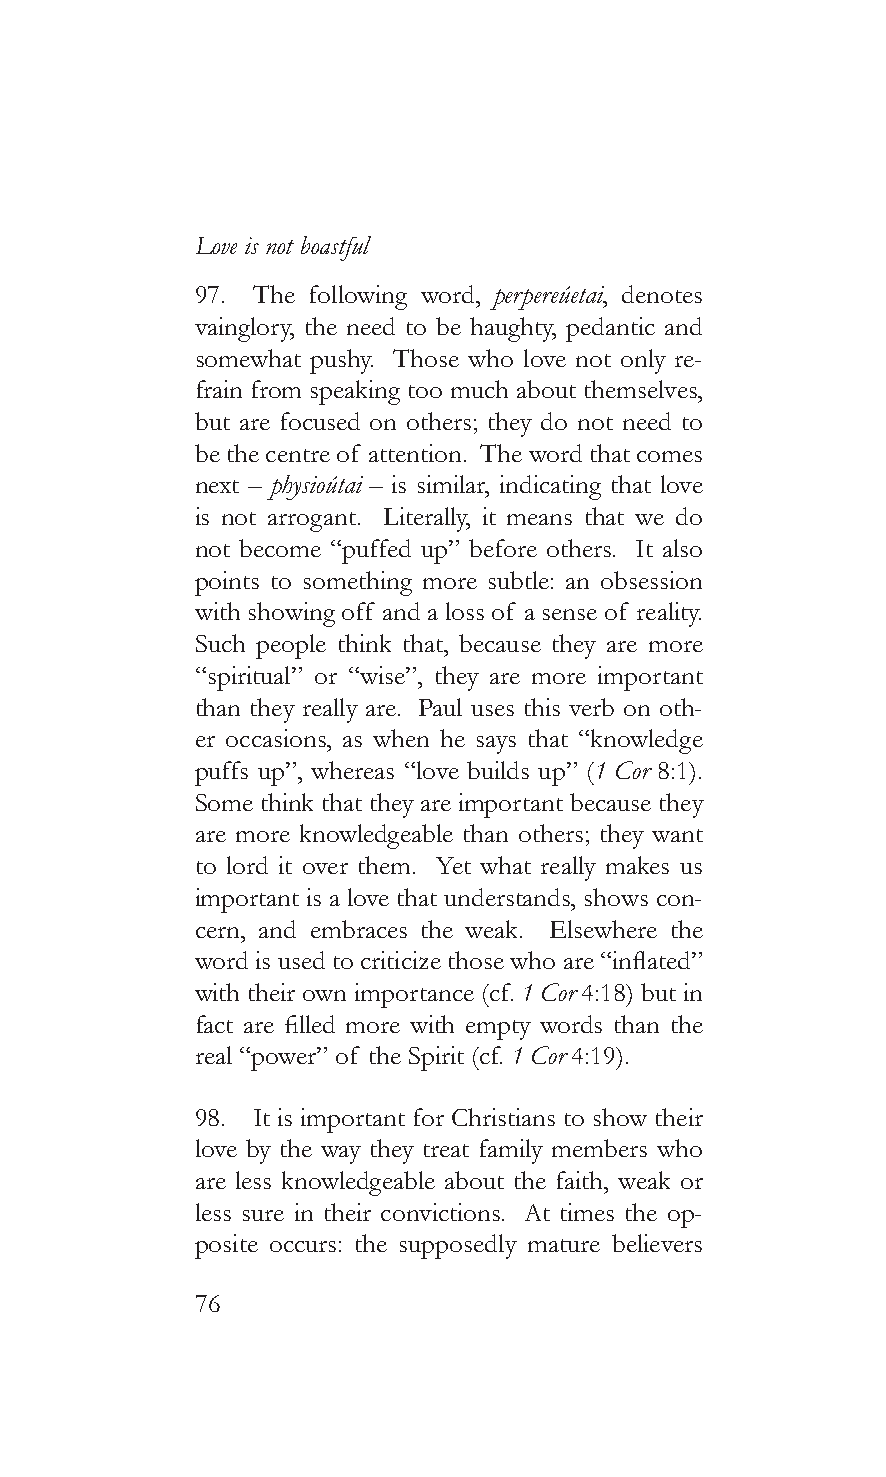
Love is not boastful
 97. The following word, perpereúetai, denotes
 vainglory, the need to be haughty, pedantic and
 somewhat pushy. Those who love not only re-
 frain from speaking too much about themselves,
 but are focused on others; they do not need to
 be the centre of attention. The word that comes
 next – physioútai – is similar, indicating that love
 is not arrogant. Literally, it means that we do
 not become “puffed up” before others. It also
 points to something more subtle: an obsession
 with showing off and a loss of a sense of reality.
 Such people think that, because they are more
 “spiritual” or “wise”, they are more important
 than they really are. Paul uses this verb on oth-
 er occasions, as when he says that “knowledge
 puffs up”, whereas “love builds up” (1 Cor 8:1).
 Some think that they are important because they
 are more knowledgeable than others; they want
 to lord it over them. Yet what really makes us
 important is a love that understands, shows con-
 cern, and embraces the weak. Elsewhere the
 word is used to criticize those who are “inflated”
 with their own importance (cf. 1 Cor 4:18) but in
 fact are filled more with empty words than the
 real “power” of the Spirit (cf. 1 Cor 4:19).
 98. It is important for Christians to show their
 love by the way they treat family members who
 are less knowledgeable about the faith, weak or
 less sure in their convictions. At times the op-
 posite occurs: the supposedly mature believers
 76